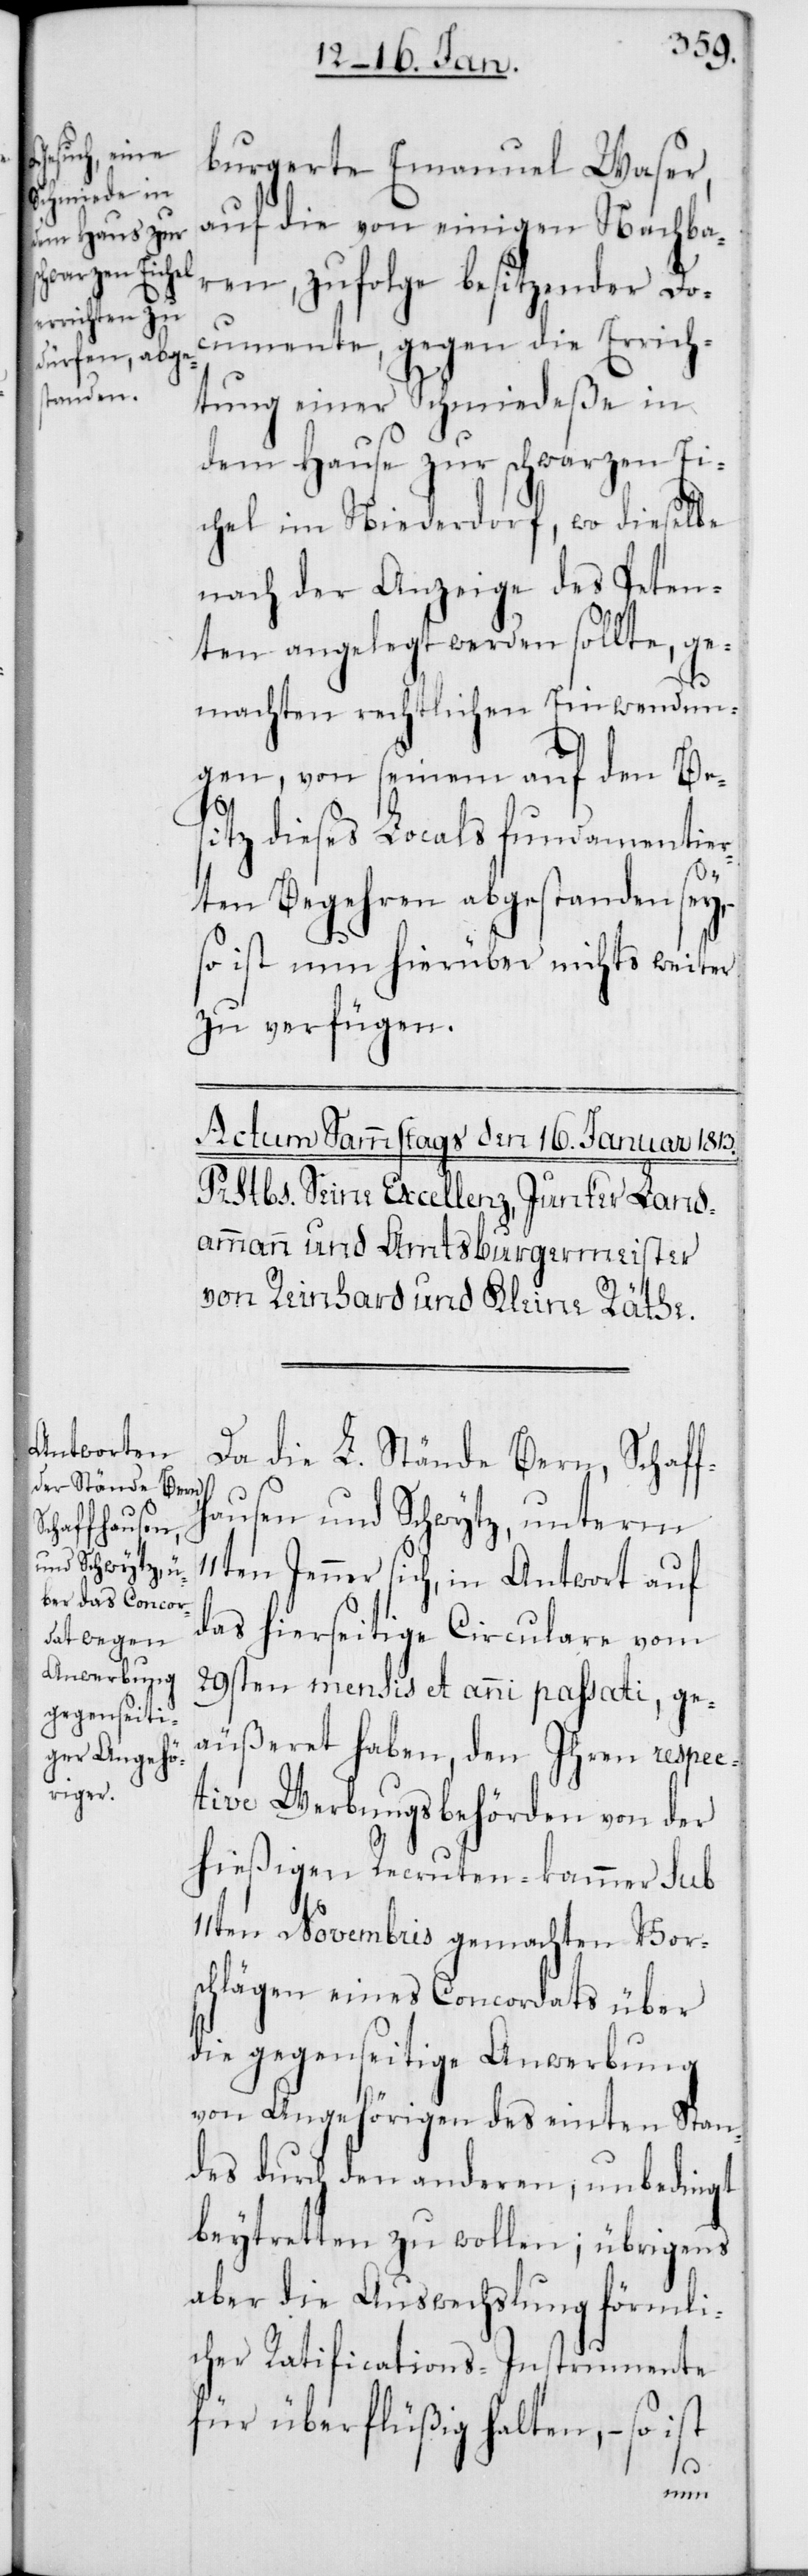
burgerete Emanuel Waser,
auf die von einigen Nachba¬
ren, zufolge besitzender Doc¬
umente, gegen die Errich¬
tung einer Schmiedeße in
dem Hause zur schwarzen Ei¬
chel im Niederdorf, wo dieselbe
nach der Anzeige des Peten¬
ten angelegt werden sollte, ge¬
machten rechtlichen Einwendun¬
gen, von seinem auf den Be¬
sitz dieses Locals fundamentier¬
ten Begehren abgestanden sey,
so ist nun hierüber nichts weiter
zu verfügen.
Da die L. Stände Bern, Schaff¬
hausen und Schwytz, unterm
en Jenner sich, in Antwort auf
das hierseitige Circulare vom
29sten mensis et anni passati, ge¬
äußeret haben, den Ihren respec¬
tive Werbungsbehörden von der
hießigen Recruten-kammer sub
11ten Novembris gemachten Vors¬
chlägen eines Concordats über
die gegenseitige Anwerbung
von Angehörigen des einten Stan¬
des durch den anderen, unbedingt
beytretten zu wollen; übrigens
aber die Auswechslung förmli¬
cher Ratifications-Instrumente
für überflüßig halten, – so ist
11t¬